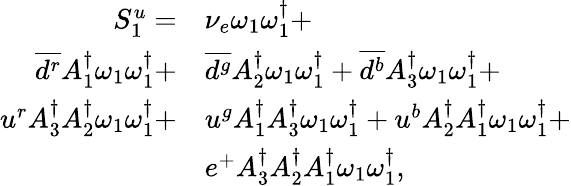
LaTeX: \begin{array}{rl}{S_{1}^{u}=}&{{\nu_{e}}\omega_{1}\omega_{1}^{\dagger}+}\\ {\overline{{d^{r}}}{A_{1}^{\dagger}}\omega_{1}\omega_{1}^{\dagger}+}&{\overline{{d^{g}}}{A_{2}^{\dagger}}\omega_{1}\omega_{1}^{\dagger}+\overline{{d^{b}}}{A_{3}^{\dagger}}\omega_{1}\omega_{1}^{\dagger}+}\\ {u^{r}{A_{3}^{\dagger}}{A_{2}^{\dagger}}\omega_{1}\omega_{1}^{\dagger}+}&{u^{g}{A_{1}^{\dagger}}{A_{3}^{\dagger}}\omega_{1}\omega_{1}^{\dagger}+u^{b}{A_{2}^{\dagger}}{A_{1}^{\dagger}}\omega_{1}\omega_{1}^{\dagger}+}\\ &{e^{+}{A_{3}^{\dagger}}{A_{2}^{\dagger}}{A_{1}^{\dagger}}\omega_{1}\omega_{1}^{\dagger},}\end{array}